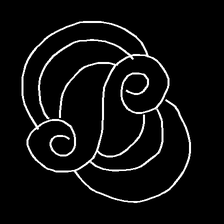
Glyph: wind-underfoot